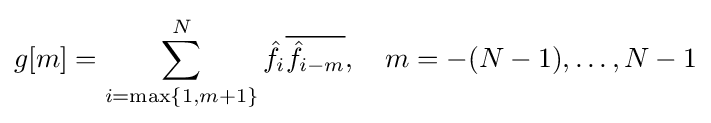
g[m]=\sum _{i=\max\{1,m+1\}}^{N}{\hat {f}}_{i}{\overline {{\hat {f}}_{i-m}}},\quad m=-(N-1),\ldots ,N-1